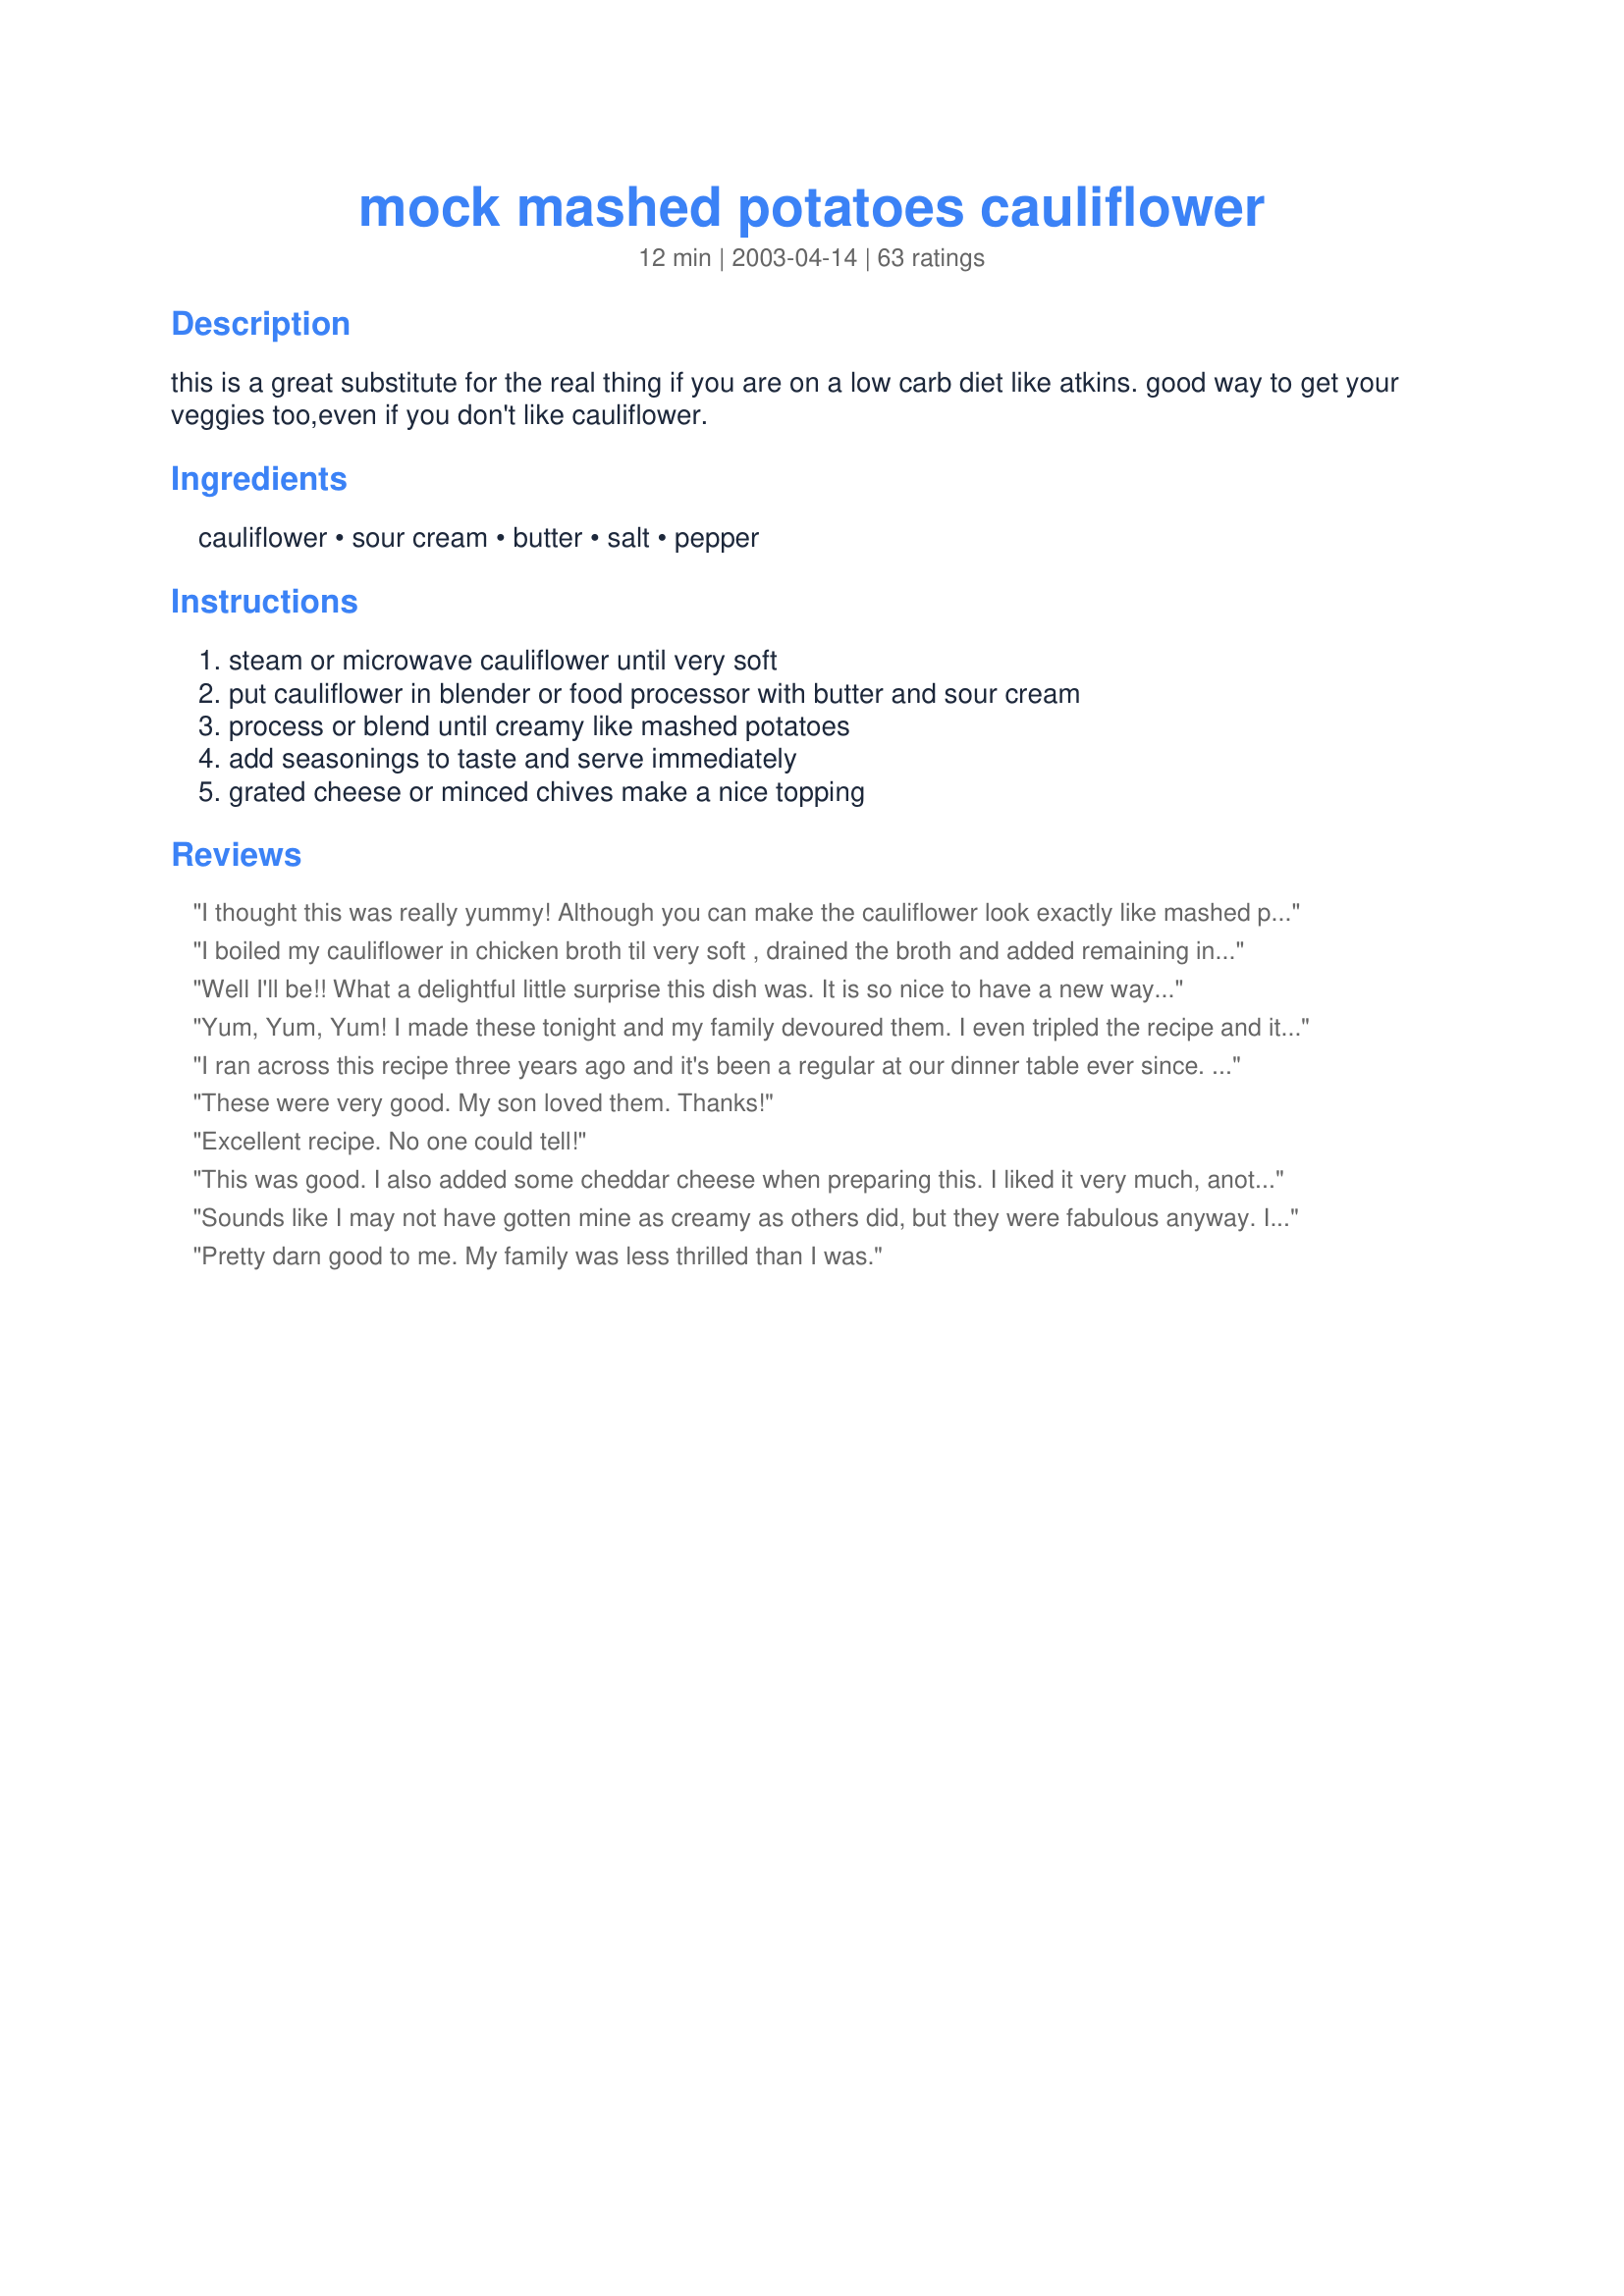
mock mashed potatoes cauliflower
Preparation time: 12 minutes

this is a great substitute for the real thing if you are on a low carb diet like atkins. good way to get your veggies too,even if you don't like cauliflower.

Ingredients:
cauliflower, sour cream, butter, salt, pepper

Steps:
steam or microwave cauliflower until very soft, put cauliflower in blender or food processor with butter and sour cream, process or blend until creamy like mashed potatoes, add seasonings to taste and serve immediately, grated cheese or minced chives make a nice topping

Reviews:
I thought this was really yummy! Although you can make the cauliflower look exactly like mashed potatoes, they don't taste exactly like them however. But what can you expect? A cauliflower is not a potato. This was a delicious and healthy vegetable side which I will probably make in the future.
 I boiled my cauliflower in chicken broth til very soft , drained the broth and added remaining ingredients plus chopped chives. I used an old fashioned potato masher. I placed mixture in casserole dish, topped with cheddar cheese and baked til melted. UMMMMMMMMMMM.
Well I'll be!! What a delightful little surprise this dish was. It is so nice to have a new way to prepare cauliflower. Very creamy and quite tasty! Thanks for this great recipe :)
Yum, Yum, Yum! I made these tonight and my family devoured them. I even tripled the recipe and it was GONE. My son asked me to make more caulitatoes tomorrow. :) My kids are asking me for vegetables...yep, this ones a keeper!
I ran across this recipe three years ago and it's been a regular at our dinner table ever since. Even eight year old boys like this. We skip the sour cream.
These were very good. My son loved them. Thanks!
Excellent recipe. No one could tell!
This was good. I also added some cheddar cheese when preparing this. I liked it very much, another great way to prepare cauliflower as a side.
Sounds like I may not have gotten mine as creamy as others did, but they were fabulous anyway. I will try to process them longer next time. I smothered mine in grilled vegetables, and it made an extremely filling meal. Works well into my low carb plan. I doubled the sour cream and butter, just because I'm allowed to have them on the Sommersize plan. I think it added to the taste. Thanks!!
Pretty darn good to me. My family was less thrilled than I was.
I wouldn't mind having this a couple of times a week! I was a little skeptical at first but the flavor was out of this world! What a wonderful recipe!
My first time trying Cauliflower mashed potatoes! They were wonderful! Definitely a must try!
AWESOME!!! I have been trying different recipes to TRY to get my husband to eat vegetables...He really enjoyed this one!! And this is a man who is so hard to cook for when it comes to his veggies...THANKS SO MUCH!! We are not even on a low carb diet!!!
While the taste is fine the whippy, creamy texture really turned me off. I think if I were to try it again I would not use a stick style blender to whip them, I would just mash them by hand. Maybe that would make them less gag worthy.
This is my 2nd time making the "mock potatoes" and I really enjoyed this particular recipe prepared this way; it was better than the one from the SBD cookbook. I ate this with hot roast beef and topped the "potatoes" with broth from the pot roast. I whipped them up in my food processor for quite a few minutes, to get the creamy texture. Next time, I may also add the garlic powder for a bit more flavor.
Turned out great and I&#039;ll be using this recipe again.. Thanks for posting!
This is a fantastic little recipe! I don't like mashed potatoes at all and I LOVED this. I used fresh cauliflower cooked in vegetable broth. It was creamy and VERY satisfying served along side a grilled sirloin. I didn't even miss not having a starch. I will be making this VERY often!
This has become a weekly favourite at our house. Great side dish when you're on a low-carb diet. Big hit here!
Sometimes the simplest methods are the very best. I have tried so many faux-tato recipes, and have ended up with many a disaster. This was so great- so easy and creamy and good. Here's what I did in less than 5 minutes (not including steaming time.) I used the Steamfresh frozen cauliflower that is seasoned. It mashed up perfectly for enough for 2 people using the sour cream, butter that is mentioned in the recipe. I used the Magic Bullet. SO EASY!!! Thanks x100.
I came into this recipe as a total skeptic, and I loved them! I am definitely NOT into low carb anything, but I like cauliflower and was looking for something different to try. All the rave reviews convinced me, but I still didn't expect much at all. I added garlic, black pepper, and dried rosemary to this. I made the full recipe and ate it all myself...and look forward to doing so again. :) Thank you.
It seemed a crime that I not serve mashed potatoes for last night's dinner--after all, it was salisbury steak with gravy. Your recipe (and a neglected bag of frozen cauliflower) cried out to me, and...rescued dinner! These faux mashed potatoes don't fake a thing: they're yummy goodness. Thank you!
This recipe is great. It's a great substitute for mashed potatoes and much lower on the glycemic index! I also used low fat sour cream and light butter to cut down some of the fat.
Pretty good overall. Mine did turn out a little watery so I think I will use more cauliflower next time and maybe try the cream cheese that was suggested in place of the sour cream. Otherwise the flavor was very good. My blender didn't do a very good job of making them smooth so a potato masher may work better next time. Thanks.
This is an excellent way to get your mashed potato fix without the potatoes! The kids loved it and until I mentioned that it wasn't potato, nobody really noticed the difference. The sour cream really works to hide the "cabbage-y" taste and I also added a couple of roasted garlic cloves that I had on hand. We'll be making this often! Thanks for posting this.
I’m trying a number of different ‘faux -tato’ recipes and this one is a bit different because it uses both sour cream and butter and encourages customization through the use of herbs and spices. This is my favorite way to cook- a simple recipe that I can dress up to suit my tastes, or a specific meal. I used frozen cauliflower florets, steamed in the microwave rice cooker/steamer, then mashed them using the potato masher since I prefer the firmer texture achieved this way. We liked this version, and it certainly is simple to fix. Thanks for sharing!
Loved these and so did my DDs (6 & 9) DH didn't like it, but who cares, I loved them and will be making this again. Thanks for posting.
Excellent substitute for mashed potatoes under my crockpot roast beef tonight! I steamed one head of cauliflower and used about 2 T butter and 2 T lite sour cream (it with salt &amp; pepper was to taste, so that is an estimate) I will definitely make this again!
Thank you! loved 'em
I took one bite of these and almost went to the bathroom in my pants! the only thing they tasted like was the most delicious potatoes I've eaten in my young life. Crabbycakes, you're my new hero. thank you for a recipe I'll be using for the rest of my life, or at least as long as cauliflower is around! :]
So easy and delicious! While I was eating this, I was thinking, "Is it possible to get addicted to vegetables?"
Oh my! I'm sorry to say but my entire family thought that this was inedible! My DH, who eats everything, had to spit it out. Terrible flavor and texture. I through it in the trash. It was easy but we will definitely NOT be having this again.
This was fantastic. I don't know what else I can say. I did add more sour cream and butter than what the recipe called for, but honestly, sour cream and butter should be their own food group, so it had to be done. Wonderful recipe crabbycakes!!!!!
Absolutely wonderful! Since I'm watching the carbs right now, I decided to try this. I added a bit of garlic powder, but otherwise followed the recipe as posted! I couldn't believe how tasty cauliflower could be. This is definitely a keeper, and I will be making it again. Thanks Crabbycakes!
This was very good! As a previous poster commented, you probably won't be completely fooled into thinking this isn't cauliflower. That said, all of my kids ate it, so that says a lot. The fat from the butter and sour cream is a small price to pay to make the cauliflower taste good. I steamed fresh cauliflower and used a food processor, which helped in terms of achieving a good texture. I'll definitely make again ~ thanks for posting.
I didn't use the blender (don't have one right now). So my texture was a little off. The flavor was dead on, and everyone ate them despite the textural problems. I can't wait to try them again with the blender.
so darn creamy! i skipped the sour cream, you don't even need it. just butter, garlic powder, salt and pepper. yum!
Very good. I liked the garlic powder recommendation and I doubled the sour cream and butter amounts. Forget the potatoes, this recipe is awesome! Thanks.
I used evaporated milk instead of sour cream. Great recipe. I would eat this even if I was not on a diet!
We made this for a dinner with a friend who is avoiding carbs. It was not to our liking.
I love this idea and I finally tried it after years of thinking about trying it. They were delicious, my boyfriend and even his 5 YEAR OLD SON LOVED THEM! This is the first vegetable besides corn I can get the little guy to eat, and I didn't even lie to him, I told him it was cauliflower! I boiled my cauliflower with 3 cloves of garlic, then mashed everything together. For a little more flavor, I like to add some prepared horseradish too.
Yum, yum. Thanks for this recipe. I used frozen cauliflower, chives and garlic salt. We had it with crockpot bbq ribs.
I am always watching calories and trying to boost nutrition. I am not a cauliflower lover and I loved these Mock Tatoes. Thanks for posting.
Great recipe! For a bit healthier version I use fat free half & half & "I can't believe its not butter" Thanks for the post!
We really enjoyed this as a substitute for mashed potatoes! Though, I did overeat and puff up like Violet Beauregarde after these, but that's not your fault! Thanks for the recipe, definite do-again!
Fed this to my dad who had to eat a lot of cauliflower as a child in the 40&#039;s, and HATES it; and he thought it was very good. It was better after I squeezed some water out of the cooked veg w/ a tea towel. The first batch was a little too soft/watery.
Very good flavor.
I am trying to eat more vegetables and asked my husband if he noticed anything strange about these "mashed potatoes?" He would have never known the wiser! It was a perfect side dish to my meatloaf and I will definitely making this often instead of mashed potatoes!
Excellent version of mock mashed potatoes. I used light sour cream and light margarine. I'll definitely make this one again.
We really enjoyed this! I steamed 2 heads of cauliflower in steamer and added butter and no-fat sour cream. This fed 7 of us and we all enjoyed it! Thanks for sharing!
I loved this. Even my mom, who was skeptical because it wasn't "real" potatoes, thought it was wonderful. I will make this often.
Very good! I added a couple of additions for my taste. I like to make my "real" mash potatoes with Neufchatel cream cheese (lower calories) and also reduced fat sour cream. I added a lot of garlic powder also with salt and pepper. I also used butter buds. This came out like my mashed potatoes that everyone in my family loves. Now for the big test. DH will have to try these without knowing what they are. If he likes them and I can fool him hooray!! He HATES veggies.... I will update! Thanks!!
This is easy to make but has a very grainy texture - not sure whether cream cheese would help. I added 2 laughing cow cheese wedges and some mediterranean spice. I didn't have a problem with watereyness.
Awesome!! I used margarine and added garlic powder. I threw it all in the food processor and love it! Thank you!!!
While I'm not on any type of diet, this still made a wonderful side dish!!! I tripled the recipe and glad I did because it disappeard. I seasoned it with salt, pepper and garlic powder. This is a different way to prepare cauliflower...we loved it! Thanks for sharing. :-)

As far as caulk-potatoes go, this was a winner! I added some of the creamy baby bel chipolte spreadable wedges (3) & my non cauli-loving family ate every single bite! Thanks!
Great, simple recipe! Make no mistaking: if you hate the taste of cauliflower, this is still, well, cauliflower. But for those of us who can "fool" our brains into thinking we're getting decadent carbs simply through texture, this is divine! I make mine with low-fat sour cream, only 1/2 tbsp. of butter, salt, pepper, and rosemary. But, then again, I like cauliflower to start with!
Don't know what I can say that has not been said already....these are wonderful! I have been very resistant to low-carb dieting for many reasons but tried these because the fat content is not to bad. I REALLY enjoyed them and they are now part of my cookbook for vegetables Thanks for a new adventure!
I have been doing the low carb thing on and off since 1999 so these 'fauxtatoes' are not new to me. This is a wonderful recipe! My family will not eat the real things anymore. Hints-use a 2 oz.chunk of cream cheese versus the sour cream to make them less watery, and an immersion blender works great for pureeing into glorious peaks of white. I especially like these served with Mille's Boston Market Meat Loaf-#28927. MMMMM good.
We enjoyed this different way to make cauliflower. I didn&#039;t have sour cream so I used greek yogurt. DH is trying to eat low carb and I&#039;m trying to eat low fat. Not an easy combo. This did the job and it was good.
I don&#039;t typically like cauliflower but this was sooo delicious! I halved the recipe and it turned out great. Next time I will add fresh chives and little bit of cheese.
Excellent, I love cauliflower and this was an excellent addition to my cauliflower recipe collection. I tripled the recipe, doubled the amounts of butter, sour cream and garlic powder, added salt and pepper and wow. Thank you for such a wonderful keeper recipe. :-)

Excellent. I made these vegan by using Earth Balance Margarine and plain soy yogurt (in place of the sour cream). I also boiled my cauliflower in veggie broth and added a little all purpose seasoning instead of salt and WOW am I happy with the results. I could not get mine to blend in the blender, so I just used an old potato masher. Thanks for posting.
This tastes amazing. I had been looking for a mashed cauliflower recipe after having Ruby Tuesdays' version. Let me tell you, this version is much better--so good that I'd make it for company.
